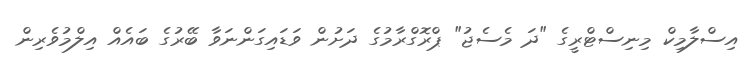
އިސްލާމިކް މިނިސްޓްރީގެ "ދަ މެސެޖު" ޕްރޮގްރާމުގެ ދަށުން ވަޑައިގަންނަވާ ބޭރުގެ ބައެއް އިލްމުވެރިން